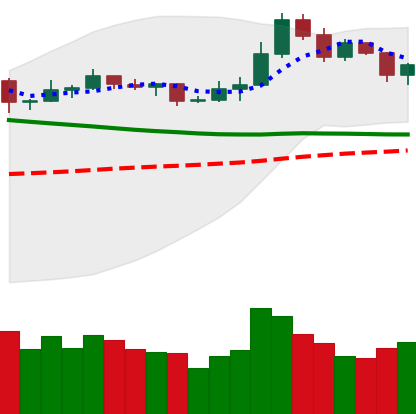
Ticker: NEO-USD
Chart end date: 2019-11-19
Forward return: -22.377%
Label: down_7plus